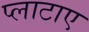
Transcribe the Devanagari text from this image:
प्लाटाए